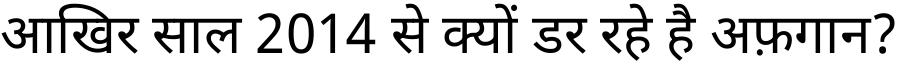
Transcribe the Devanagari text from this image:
आखिर साल 2014 से क्यों डर रहे है अफ़गान?